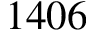
1 4 0 6